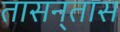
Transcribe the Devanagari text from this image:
तासन्‌तास